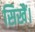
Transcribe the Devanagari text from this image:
सिखैं।